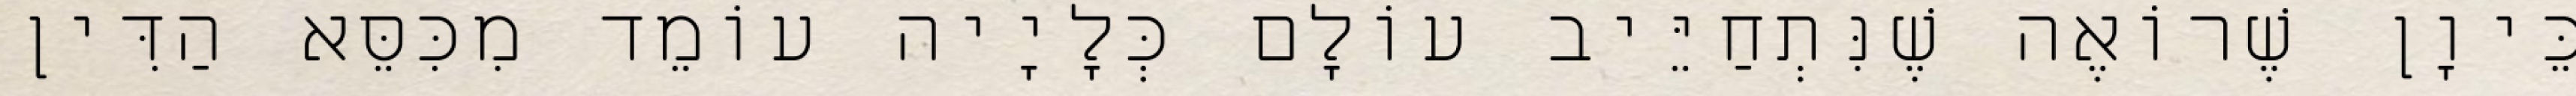
כֵּיוָן שֶׁרוֹאֶה שֶׁנִּתְחַיֵּיב עוֹלָם כְּלָיָיה עוֹמֵד מִכִּסֵּא הַדִּין